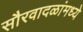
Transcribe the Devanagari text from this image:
सौरवादळांमध्ये